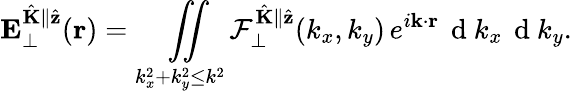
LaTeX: \mathbf{E}_{\perp}^{\hat{\mathbf{K}}\parallel\hat{\mathbf{z}}}(\mathbf{r})=\underset{k_{x}^{2}+k_{y}^{2}\leq k^{2}}{\iint}\mathcal{F}_{\perp}^{\hat{\mathbf{K}}\parallel\hat{\mathbf{z}}}(k_{x},k_{y})\, e^{i\mathbf{k}\cdot\mathbf{r}}\, \mathrm{~d~}k_{x}\, \mathrm{~d~}k_{y}.